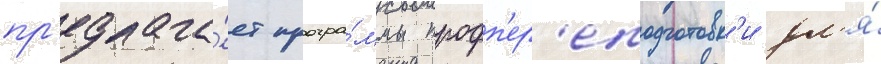
пр'едлага́ет програ́ммы профп'ер'еподготовк'и дл'я́